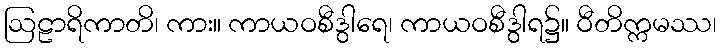
ဩဠာရိကာတိ၊ ကား။ ကာယဝစီဒွါရေ၊ ကာယဝစီဒွါရ၌။ ဝီတိက္ကမဿ၊